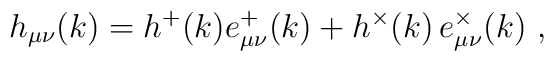
h_{\mu \nu }(k)=h^{+}(k)e_{\mu \nu }^{+}(k)+h^{\times }(k)\,e_{\mu \nu}^{\times }(k)\ ,